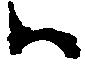
ハ